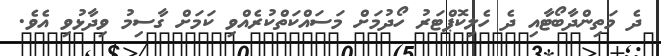
ދެ މަތިންދާބޯޓާއި ދެ ހެލިކޮޕްޓަރު ހޯދުމަށް މަސައްކަތްކުރެއްވި ކަމަށް ގާސިމު ވިދާޅުވި އެވެ.